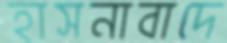
হাসনাবাদে